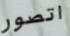
اتصور